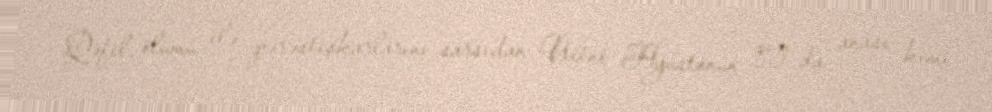
Qəfil ölümü ilə pərəstişkarlarını sarsıdan Uitni Hyustonun qızı da anası kimi